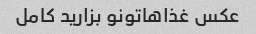
عکس غذاهاتونو بزارید کامل